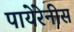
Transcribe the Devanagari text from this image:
पायेरेनीस